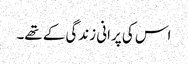
اس کی پرانی زندگی کے تھے۔